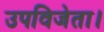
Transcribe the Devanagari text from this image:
उपविजेता।